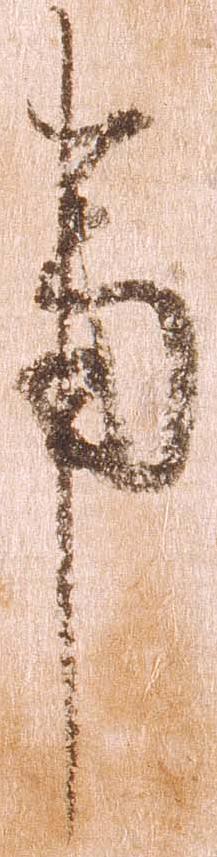
事